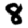
Digit: 8